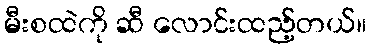
မီးစထဲကို ဆီ လောင်းထည့်တယ်။